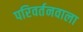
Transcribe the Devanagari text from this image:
परिवर्तनवाला